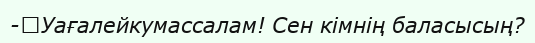
-	Уағалейкумассалам! Сен кімнің баласысың?